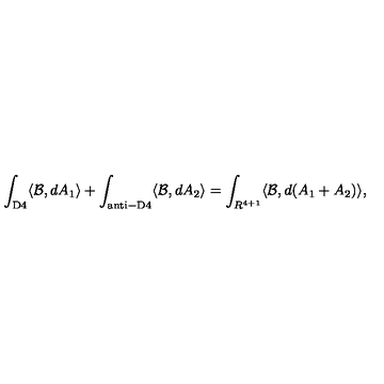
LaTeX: \int _ { \mathrm { D 4 } } \langle { \cal B } , d A _ { 1 } \rangle + \int _ { \mathrm { a n t i - D 4 } } \langle { \cal B } , d A _ { 2 } \rangle = \int _ { R ^ { 4 + 1 } } \langle { \cal B } , d ( A _ { 1 } + A _ { 2 } ) \rangle ,